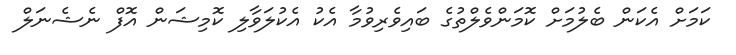
ކަމަށް އެކަން ބެލުމަށް ކޮމަންވެލްތުގެ ބައިވެރިވުމާ އެކު އެކުލަވާލި ކޮމިޝަން އޮފް ނެޝެނަލް